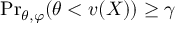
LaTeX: d \mathbf { A } = ( d A ^ { 0 } , d A ^ { 1 } , d A ^ { 2 } , d A ^ { 3 } )